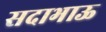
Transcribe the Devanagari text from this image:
सदाभाऊ